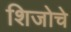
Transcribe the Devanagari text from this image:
शिजोचे